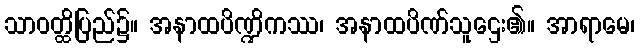
သာဝတ္ထိပြည်၌။ အနာထပိဏ္ဍိကဿ၊ အနာထပိဏ်သူဌေး၏။ အာရာမေ၊